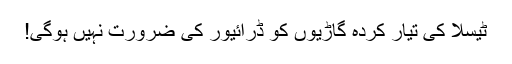
ٹیسلا کی تیار کردہ گاڑیوں کو ڈرائیور کی ضرورت نہیں ہوگی!